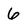
Character: 6